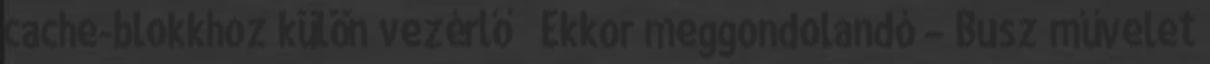
cache-blokkhoz külön vezérlő ● Ekkor meggondolandó – Busz művelet